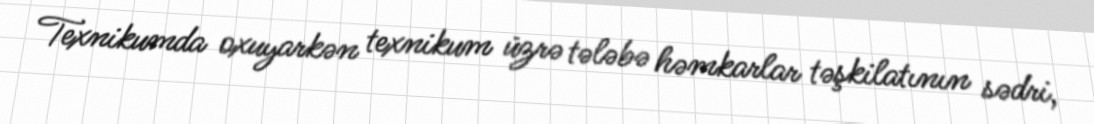
Texnikumda oxuyarkən texnikum üzrə tələbə həmkarlar təşkilatının sədri,